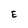
Character: E